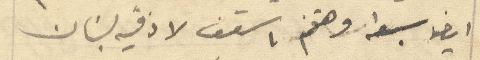
ايضا سبعه وهم اسقف لاذقية لبنان